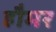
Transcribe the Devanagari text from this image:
हौमर